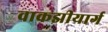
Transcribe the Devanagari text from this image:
वाकझीयार्ग